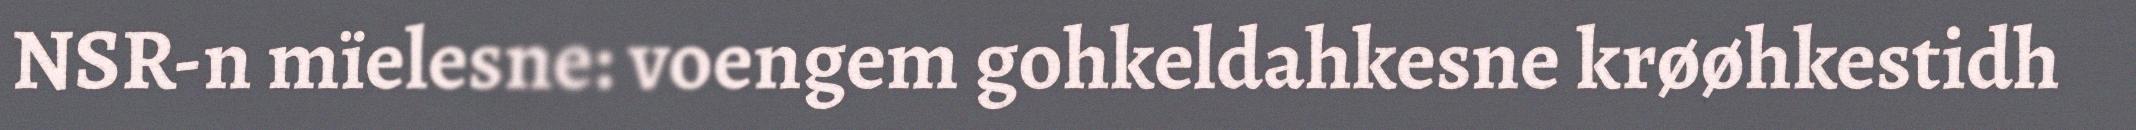
NSR-n mïelesne: voengem gohkeldahkesne krøøhkestidh